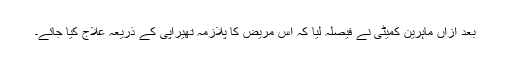
بعد ازاں ماہرین کمیٹی نے فیصلہ لیا کہ اس مریض کا پلازمہ تھیراپی کے ذریعہ علاج کیا جائے۔